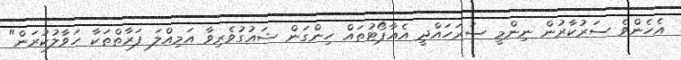
އެހެންވެ ސަރުކާރުން ނިންމީ ސަރަހައްދީ އެއާޕޯޓުތައް ހިންގަން ޝައުގުވެރިވާ އަމިއްލަ ފަރާތްތަކާ ހަވާލުކުރަން"